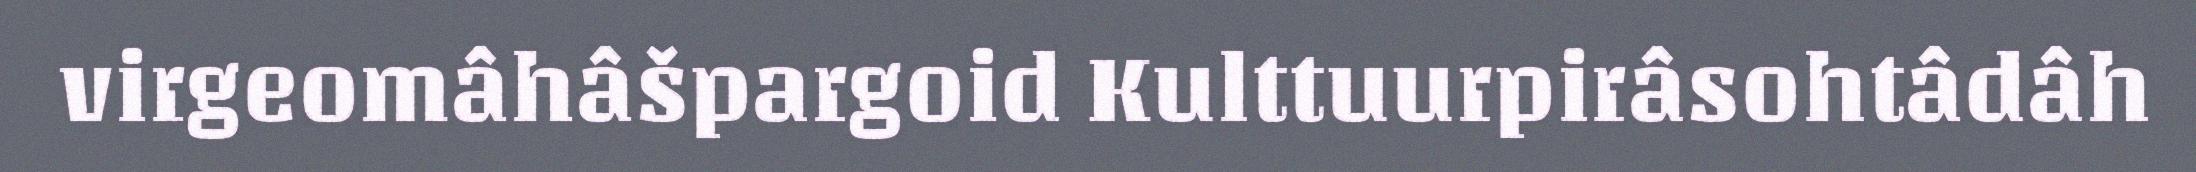
virgeomâhâšpargoid Kulttuurpirâsohtâdâh